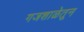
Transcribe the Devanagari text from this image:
गजशाळेतून